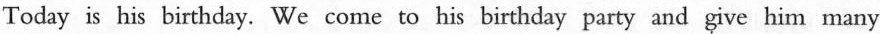
Today is his birthday. We come to his birthday party and give him many